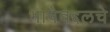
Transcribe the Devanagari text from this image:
भाषेबद्दलचे